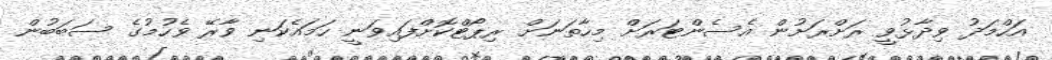
އަހްމަދު ވިދާޅުވީ ރަށްރަށުން އެސެންޓަރަށް މިހާތަނަށް ރިޕޯޓްކޮށްފައިވަނީ ހަމައެކަނި ވާރޭ ވެހުމުގެ ސަބަބުން